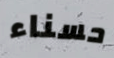
حسناء